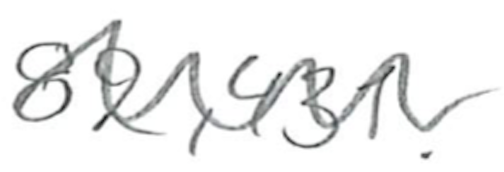
Text: 82,431.
Cross-out: wave
Writing tool: pencil